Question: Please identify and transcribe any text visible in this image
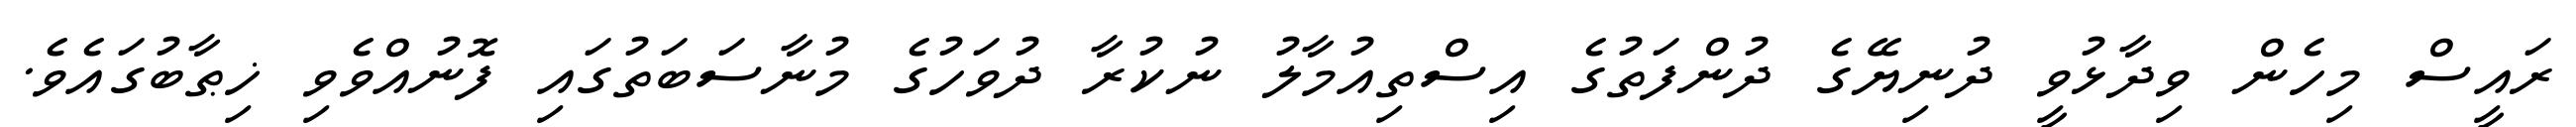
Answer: ރައީސް މިހެން ވިދާޅުވީ ދުނިޔޭގެ ދުންފަތުގެ އިސްތިއުމާލު ނުކުރާ ދުވަހުގެ މުނާސަބަތުގައި ފޮނުއްވެވި ޚިޠާބުގައެވެ.